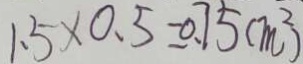
1 . 5 \times 0 . 5 - 0 . 7 5 ( m ^ { 2 } )